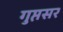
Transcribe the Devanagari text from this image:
गुप्तसर